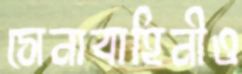
সেনাবাহিনীও